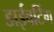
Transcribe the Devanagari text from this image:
डाईवर्टिंग